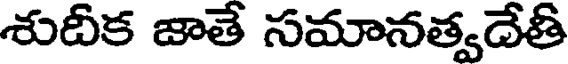
శుదీక జాతే సమానత్వదేతి